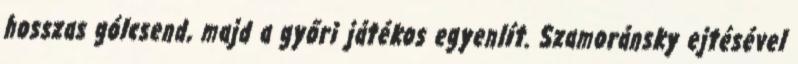
hosszas gólcsend, majd a győri játékos egyenlít. Szamoránsky ejtésével